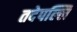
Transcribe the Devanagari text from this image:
तदेपल्लि